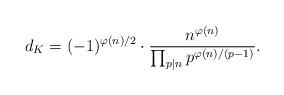
LaTeX: \begin{align*}d_K = (-1)^{\varphi(n)/2} \cdot \frac{n^{\varphi(n)}}{\prod_{p \mid n} p^{\varphi(n)/(p-1)}}.\end{align*}